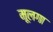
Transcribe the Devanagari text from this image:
मूलगा